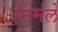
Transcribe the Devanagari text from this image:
निर्मले